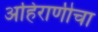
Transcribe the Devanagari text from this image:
अहिराणीचा